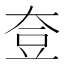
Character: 𡘰